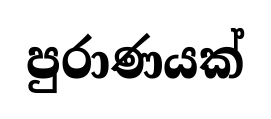
පුරාණයක්